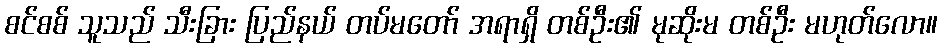
စင်စစ် သူသည် သီးခြား ပြည်နယ် တပ်မတော် အရာရှိ တစ်ဦး၏ မုဆိုးမ တစ်ဦး မဟုတ်လော။